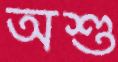
অশু